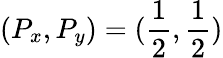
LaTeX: (P_{x},P_{y})=(\frac{1}{2},\frac{1}{2})